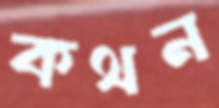
কথন